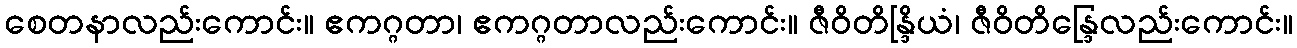
စေတနာလည်းကောင်း။ ဧကဂ္ဂတာ၊ ဧကဂ္ဂတာလည်းကောင်း။ ဇီဝိတိန္ဒြိယံ၊ ဇီဝိတိန္ဒြေလည်းကောင်း။